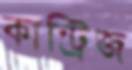
কান্ট্রিজ